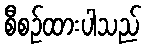
စီစဉ်ထားပါသည်